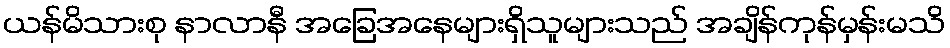
ယန်မိသားစု နာလာနီ အခြေအနေများရှိသူများသည် အချိန်ကုန်မှန်းမသိ